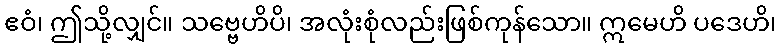
ဧဝံ၊ ဤသို့လျှင်။ သဗ္ဗေဟိပိ၊ အလုံးစုံလည်းဖြစ်ကုန်သော။ ဣမေဟိ ပဒေဟိ၊